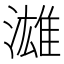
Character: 𱨦